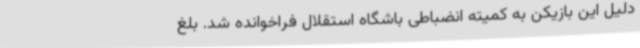
دلیل این بازیکن به کمیته انضباطی باشگاه استقلال فراخوانده شد. بلغ